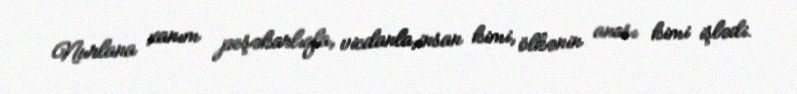
Nurlana xanım peşəkarlıqla, vicdanla,insan kimi, ölkənin anası kimi işlədi.